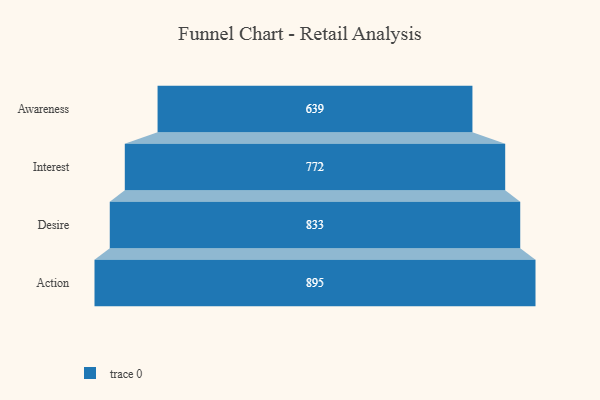
{"axis": {"x": "Stage", "y": "Value"}, "legend": [""], "data": [{"x": "Awareness", "y": 639.0, "type": ""}, {"x": "Interest", "y": 772.0, "type": ""}, {"x": "Desire", "y": 833.0, "type": ""}, {"x": "Action", "y": 895.0, "type": ""}]}